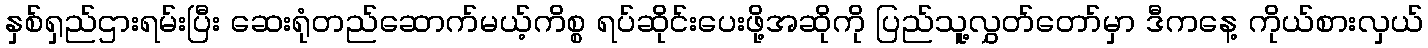
နှစ်ရှည်ဌားရမ်းပြီး ဆေးရုံတည်ဆောက်မယ့်ကိစ္စ ရပ်ဆိုင်းပေးဖို့အဆိုကို ပြည်သူ့လွှတ်တော်မှာ ဒီကနေ့ ကိုယ်စားလှယ်